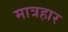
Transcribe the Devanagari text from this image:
मात्रहार